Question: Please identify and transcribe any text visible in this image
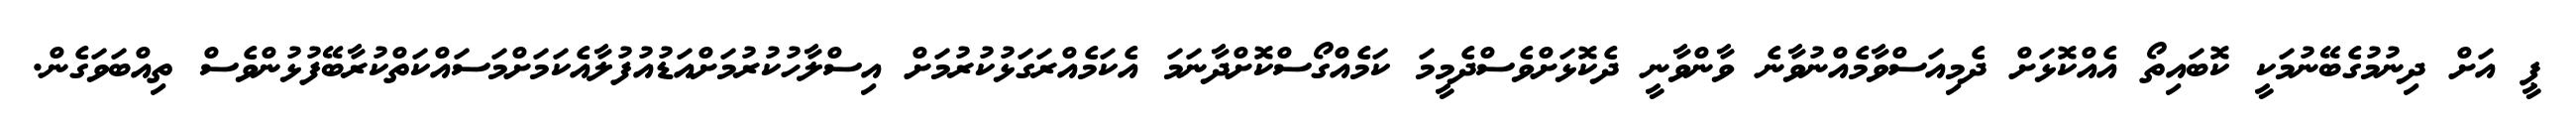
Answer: ޕީ އަށް ދިނުމުގެބޭނުމަކީ ކޮބައިތޯ އެއްކޮޅަށް ދެމިއަސްވާމެއްނުވާނެ ވާންވާނީ ދެކޮޅަށްވެސްދެމީމަ ކަމެއްގޯސްކޮށްދާނަމަ އެކަމެއްރަގަޅުކުރުމަށް އިސްލާހުކުރުމަށްއަޑުއުފުލާއެކަމަށްމަސައްކަތްކުރާބޭފުޅުންވެސް ތިއްބަވަގެން.